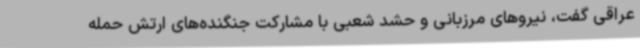
عراقی گفت، نیروهای مرزبانی و حشد شعبی با مشارکت جنگنده‌های ارتش حمله